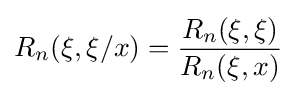
R_{n}(\xi ,\xi /x)={\frac {R_{n}(\xi ,\xi )}{R_{n}(\xi ,x)}}